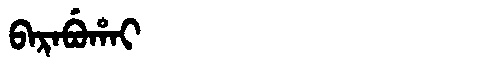
Manchu: ᠪᠠᡵᠠᠪᡠᡥᠠᡳ
Romanization: BARABUHAI